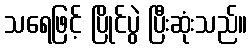
သရေဖြင့် ပြိုင်ပွဲ ပြီးဆုံးသည်။